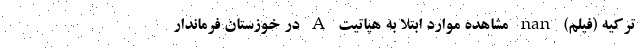
ترکیه (فیلم) nan مشاهده موارد ابتلا به هپاتیت A در خوزستان فرماندار